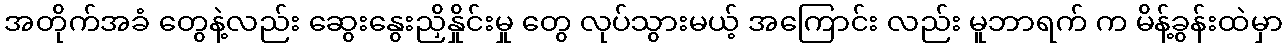
အတိုက်အခံ တွေနဲ့လည်း ဆွေးနွေးညှိနှိုင်းမှု တွေ လုပ်သွားမယ့် အကြောင်း လည်း မူဘာရက် က မိန့်ခွန်းထဲမှာ